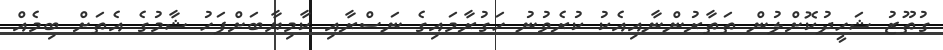
ގުތޫޒު ޝަހީދުކޮށްލުން ތަތާރުންނާއިއެކު ކުރެވުނު ހަގުރާމައިގެ ނަސްރާއި ކާމިޔާބަށްފަހު ޝާމުގެ އެތަށް ބިމެއް